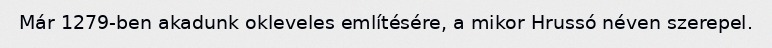
Már 1279-ben akadunk okleveles említésére, a mikor Hrussó néven szerepel.